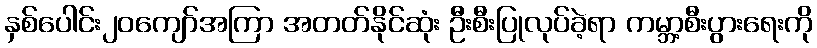
နှစ်ပေါင်း၂၀ကျော်အကြာ အတတ်နိုင်ဆုံး ဦးစီးပြုလုပ်ခဲ့ရာ ကမ္ဘာ့စီးပွားရေးကို